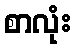
စာလုံး